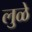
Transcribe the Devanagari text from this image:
लुळे